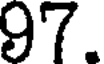
97.